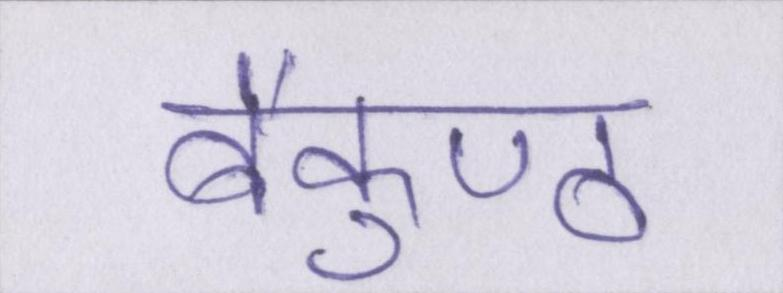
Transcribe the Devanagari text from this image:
बैकुण्ठ